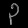
Digit: ၃